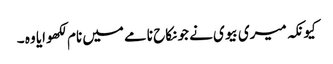
کیونکہ میری بیوی نے جو نکاح نامے میں نام لکھوایا وہ ۔